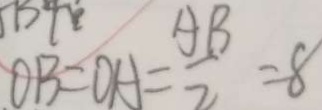
O B = O A = \frac { A B } { 2 } = 8